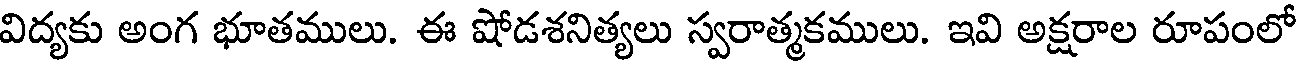
విద్యకు అంగ భూతములు. ఈ షోడశనిత్యలు స్వరాత్మకములు. ఇవి అక్షరాల రూపంలో